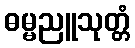
ဓမ္မညူသုတ္တံ